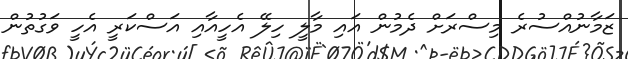
ޒަމާނުއްސުރެ މިސްރަށް ދެމުން އައި މާލީ ހިލޭ އެހީއާއި އަސްކަރީ އެހީ ވަގުތުން